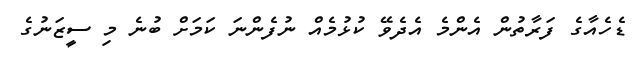
ޑެހެއާގެ ފަރާތުން އެންމެ އެދެވޭ ކުޅުމެއް ނުފެންނަ ކަމަށް ބުނެ މި ސީޒަނުގެ